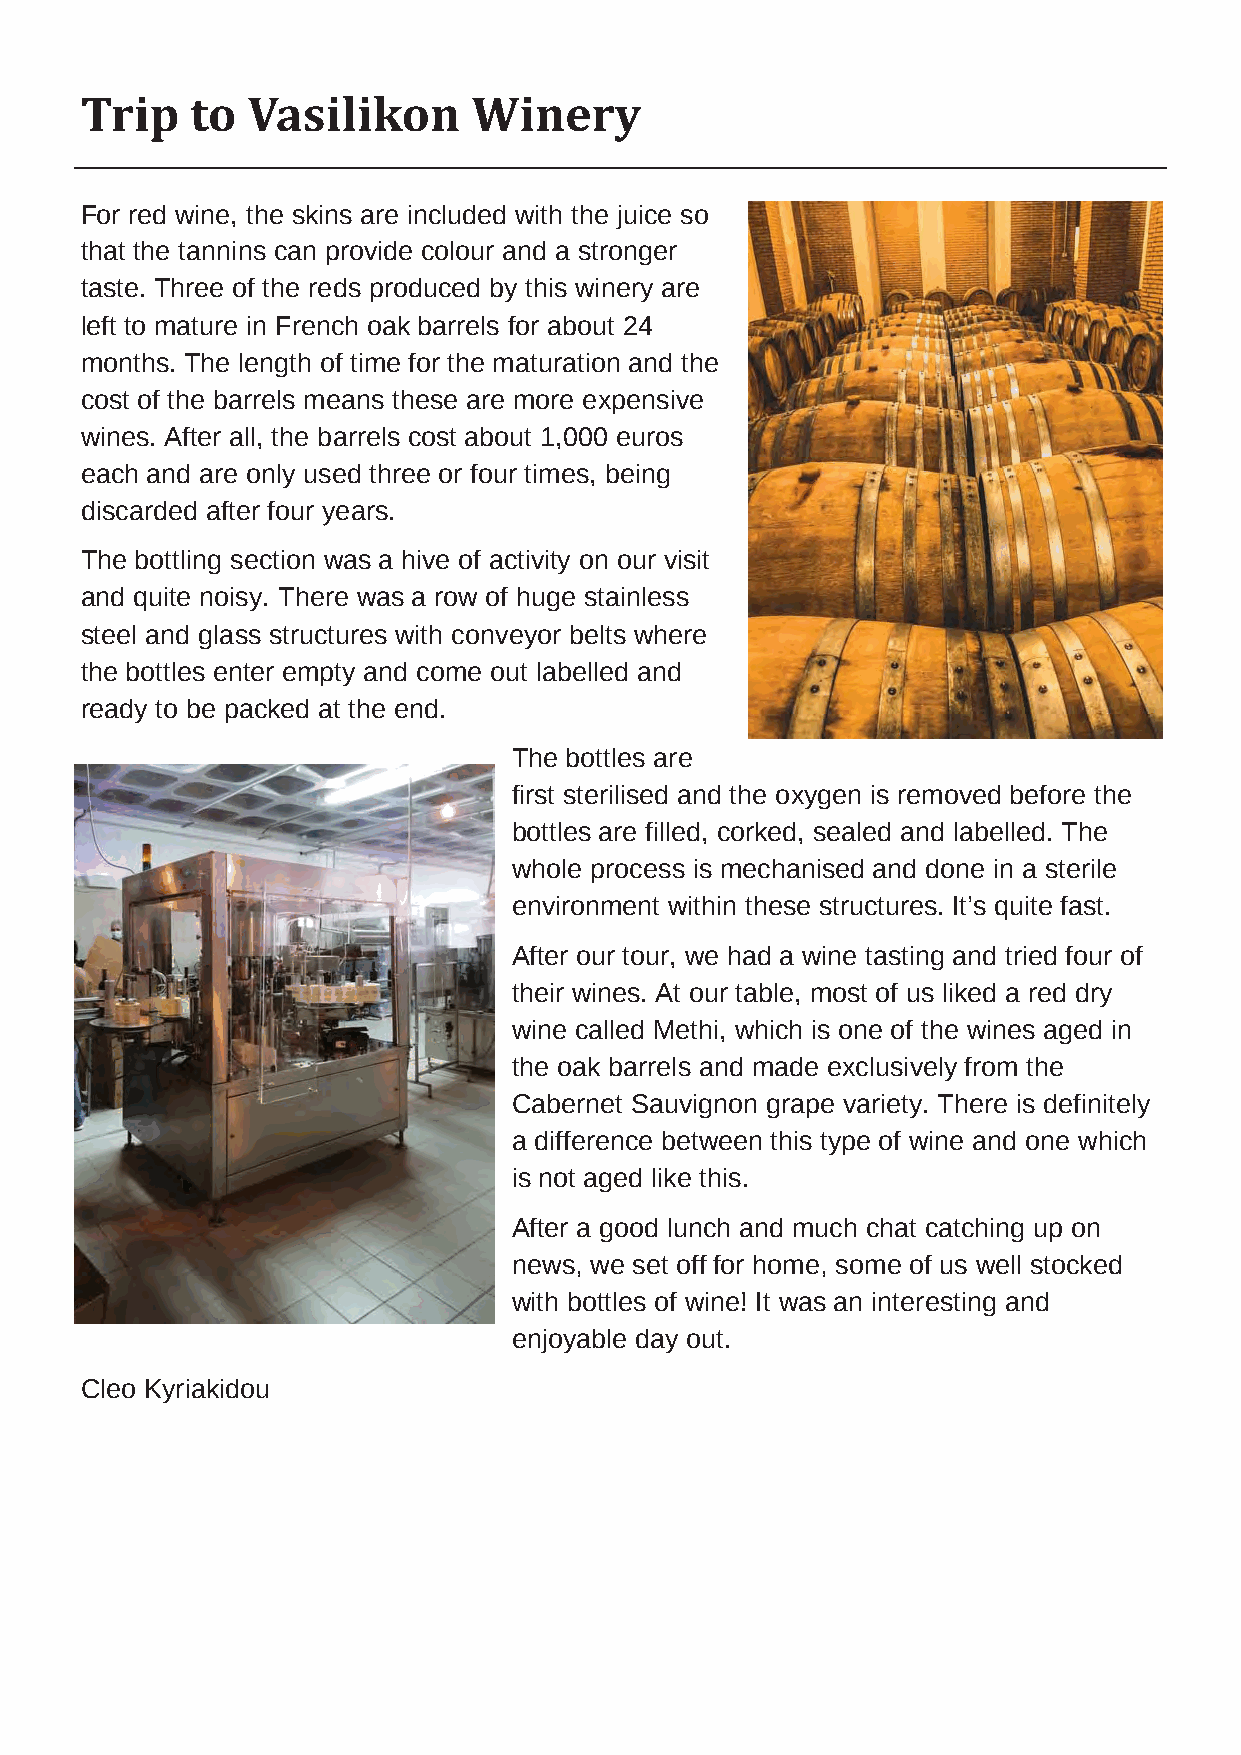
Trip    to Vasilikon      Winery
 For red wine, the skins are included with the juice so
 that the tannins can provide colour and a stronger
 taste. Three of the reds produced by this winery are
 left to mature in French oak barrels for about 24
 months. The length of time for the maturation and the
 cost of the barrels means these are more expensive
 wines. After all, the barrels cost about 1,000 euros
 each and are only used three or four times, being
 discarded after four years.
 The bottling section was a hive of activity on our visit
 and quite noisy. There was a row of huge stainless
 steel and glass structures with conveyor belts where
 the bottles enter empty and come out labelled and
 ready to be packed at the end.
 The bottles are
 first sterilised and the oxygen is removed before the
 bottles are filled, corked, sealed and labelled. The
 whole process is mechanised and done in a sterile
 environment within these structures. It’s quite fast.
 After our tour, we had a wine tasting and tried four of
 their wines. At our table, most of us liked a red dry
 wine called Methi, which is one of the wines aged in
 the oak barrels and made exclusively from the
 Cabernet Sauvignon grape variety. There is definitely
 a difference between this type of wine and one which
 is not aged like this.
 After a good lunch and much chat catching up on
 news, we set off for home, some of us well stocked
 with bottles of wine! It was an interesting and
 enjoyable day out.
 Cleo Kyriakidou